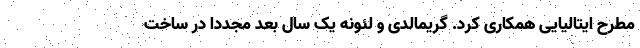
مطرح ایتالیایی همکاری کرد. گریمالدی و لئونه یک سال بعد مجددا در ساخت